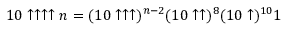
1 0 \uparrow \uparrow \uparrow \uparrow n = ( 1 0 \uparrow \uparrow \uparrow ) ^ { n - 2 } ( 1 0 \uparrow \uparrow ) ^ { 8 } ( 1 0 \uparrow ) ^ { 1 0 } 1